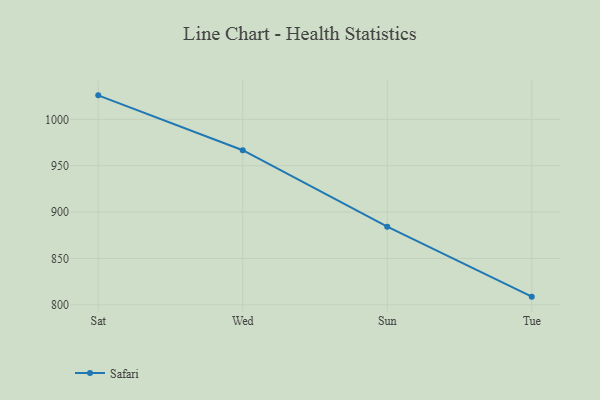
{"axis": {"x": "Day", "y": "Gross Profit (USD K)"}, "legend": ["Safari"], "data": [{"x": "Sat", "y": 1025.9, "type": "Safari"}, {"x": "Wed", "y": 966.7, "type": "Safari"}, {"x": "Sun", "y": 884.3, "type": "Safari"}, {"x": "Tue", "y": 808.8, "type": "Safari"}]}